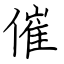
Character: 催